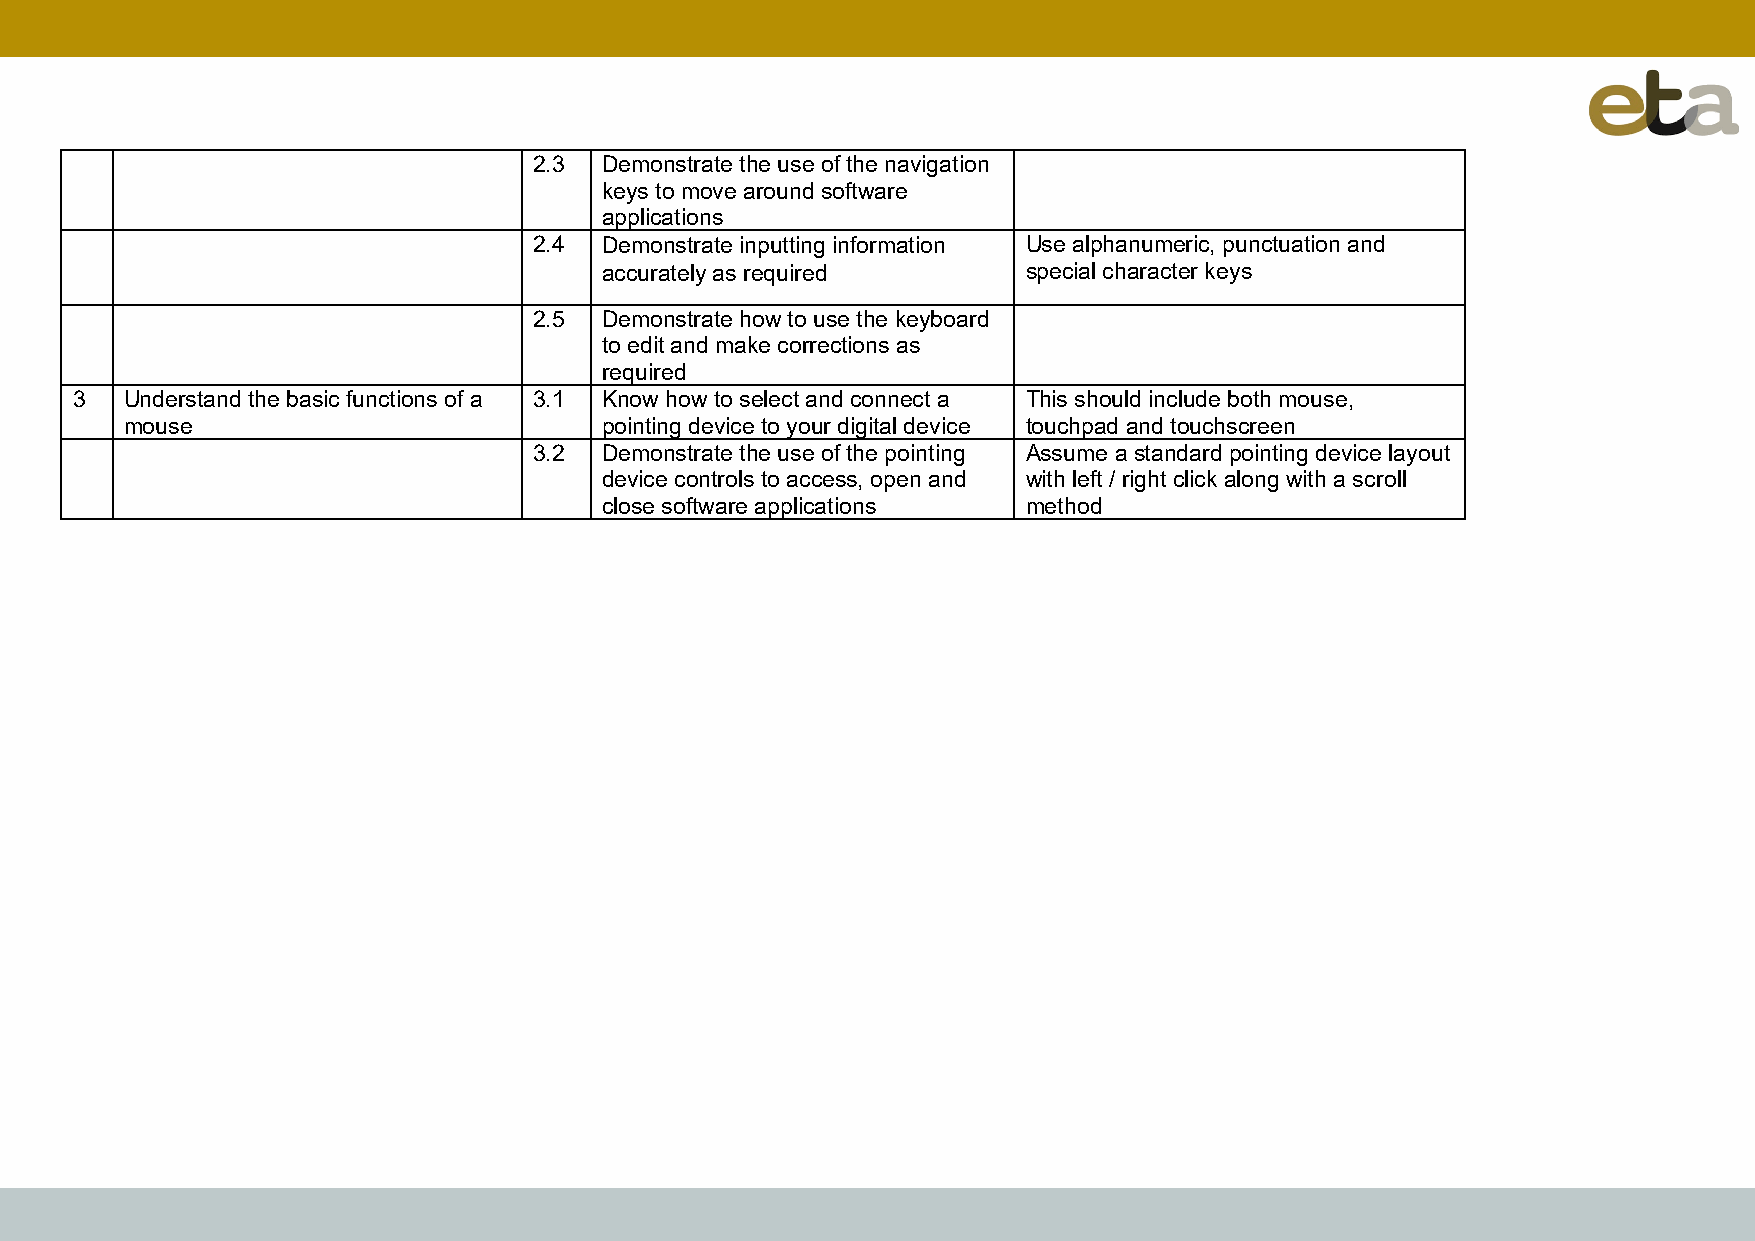
2.3  Demonstrate the use of the navigation
 keys to move around software
 applications
 2.4  Demonstrate inputting information Use alphanumeric, punctuation and
 accurately as required      special character keys
 2.5  Demonstrate how to use the keyboard
 to edit and make corrections as
 required
 3  Understand the basic functions of a 3.1 Know how to select and connect a This should include both mouse,
 mouse                           pointing device to your digital device touchpad and touchscreen
 3.2  Demonstrate the use of the pointing Assume a standard pointing device layout
 device controls to access, open and with left / right click along with a scroll
 close software applications method